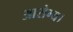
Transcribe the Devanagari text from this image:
आरोग्य।